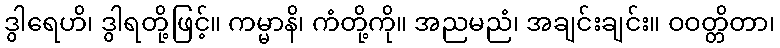
ဒွါရေဟိ၊ ဒွါရတို့ဖြင့်။ ကမ္မာနိ၊ ကံတို့ကို။ အညမညံ၊ အချင်းချင်း။ ဝဝတ္တိတာ၊